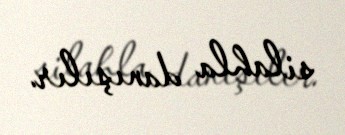
silahla danışılır.